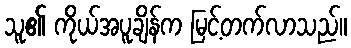
သူ၏ ကိုယ်အပူချိန်က မြင့်တက်လာသည်။